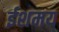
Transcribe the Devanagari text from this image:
ईशमय